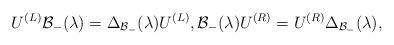
LaTeX: \begin{align*}U^{(L)}\mathcal{B}_{-}(\lambda )=\Delta _{\mathcal{B}_{-}}(\lambda )U^{(L)},\mathcal{B}_{-}(\lambda )U^{(R)}=U^{(R)}\Delta _{\mathcal{B}_{-}}(\lambda ),\end{align*}